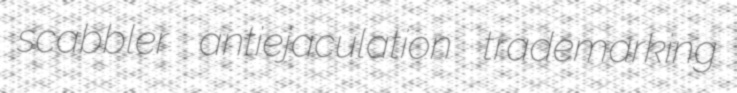
scabbler antiejaculation trademarking